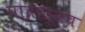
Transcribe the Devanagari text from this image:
पात्रातूनच